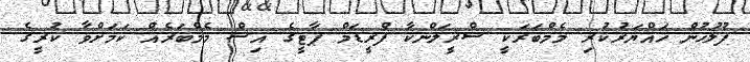
ފުލުހުން ހައްޔަރުކުރި މެމްބަރަކީ ސްރީލަންކާ ފްރީޑަމް ޕާޓީގެ އިސް މެމްބަރެއް ކަމަށްވާ ކުރީގެ